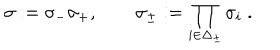
\sigma : = \sigma _ { - } \sigma _ { + } , \quad \quad \sigma _ { \pm } : = \prod _ { i \in \Delta _ { \pm } } \sigma _ { i } \; .